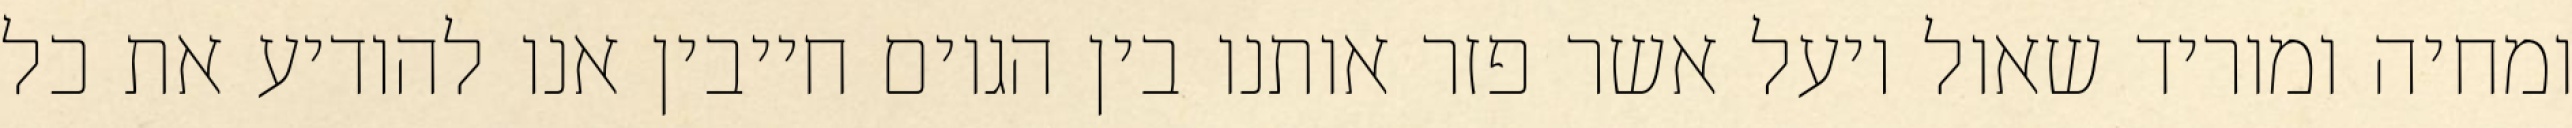
ומחיה ומוריד שאול ויעל אשר פזר אותנו בין הגוים חייבין אנו להודיע את כל